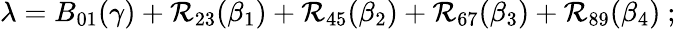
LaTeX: \lambda=B_{01}(\gamma)+\mathcal{R}_{23}(\beta_{1})+\mathcal{R}_{45}(\beta_{2})+\mathcal{R}_{67}(\beta_{3})+\mathcal{R}_{89}(\beta_{4})~;